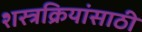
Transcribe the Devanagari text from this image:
शस्त्रक्रियांसाठी